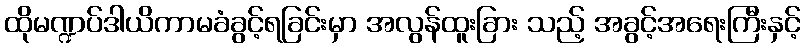
ထိုမဏ္ဍပ်ဒါယိကာမခံခွင့်ရခြင်းမှာ အလွန်ထူးခြား သည့် အခွင့်အရေးကြီးနှင့်